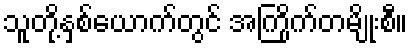
သူတို့နှစ်ယောက်တွင် အကြိုက်တမျိုးစီ။